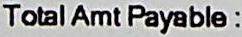
TOTAL AMT PAYABLE :